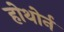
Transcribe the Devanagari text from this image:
होथोर्न